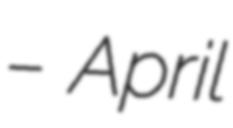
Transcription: – April